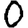
Digit: 0